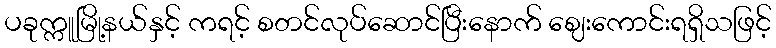
ပခုက္ကူမြို့နယ်နှင့် ကရင့် စတင်လုပ်ဆောင်ပြီးနောက် ဈေးကောင်းရရှိသဖြင့်